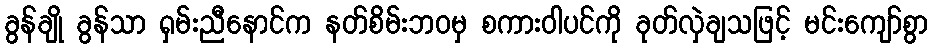
ခွန်ချို ခွန်သာ ရှမ်းညီနောင်က နတ်စိမ်းဘဝမှ စကားဝါပင်ကို ခုတ်လှဲချသဖြင့် မင်းကျော်စွာ